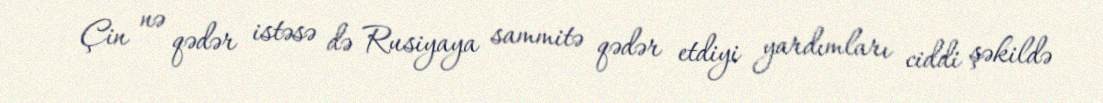
Çin nə qədər istəsə də Rusiyaya sammitə qədər etdiyi yardımları ciddi şəkildə